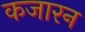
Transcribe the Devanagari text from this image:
कजारन